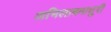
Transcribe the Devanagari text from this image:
अभिलाषमाधुरी